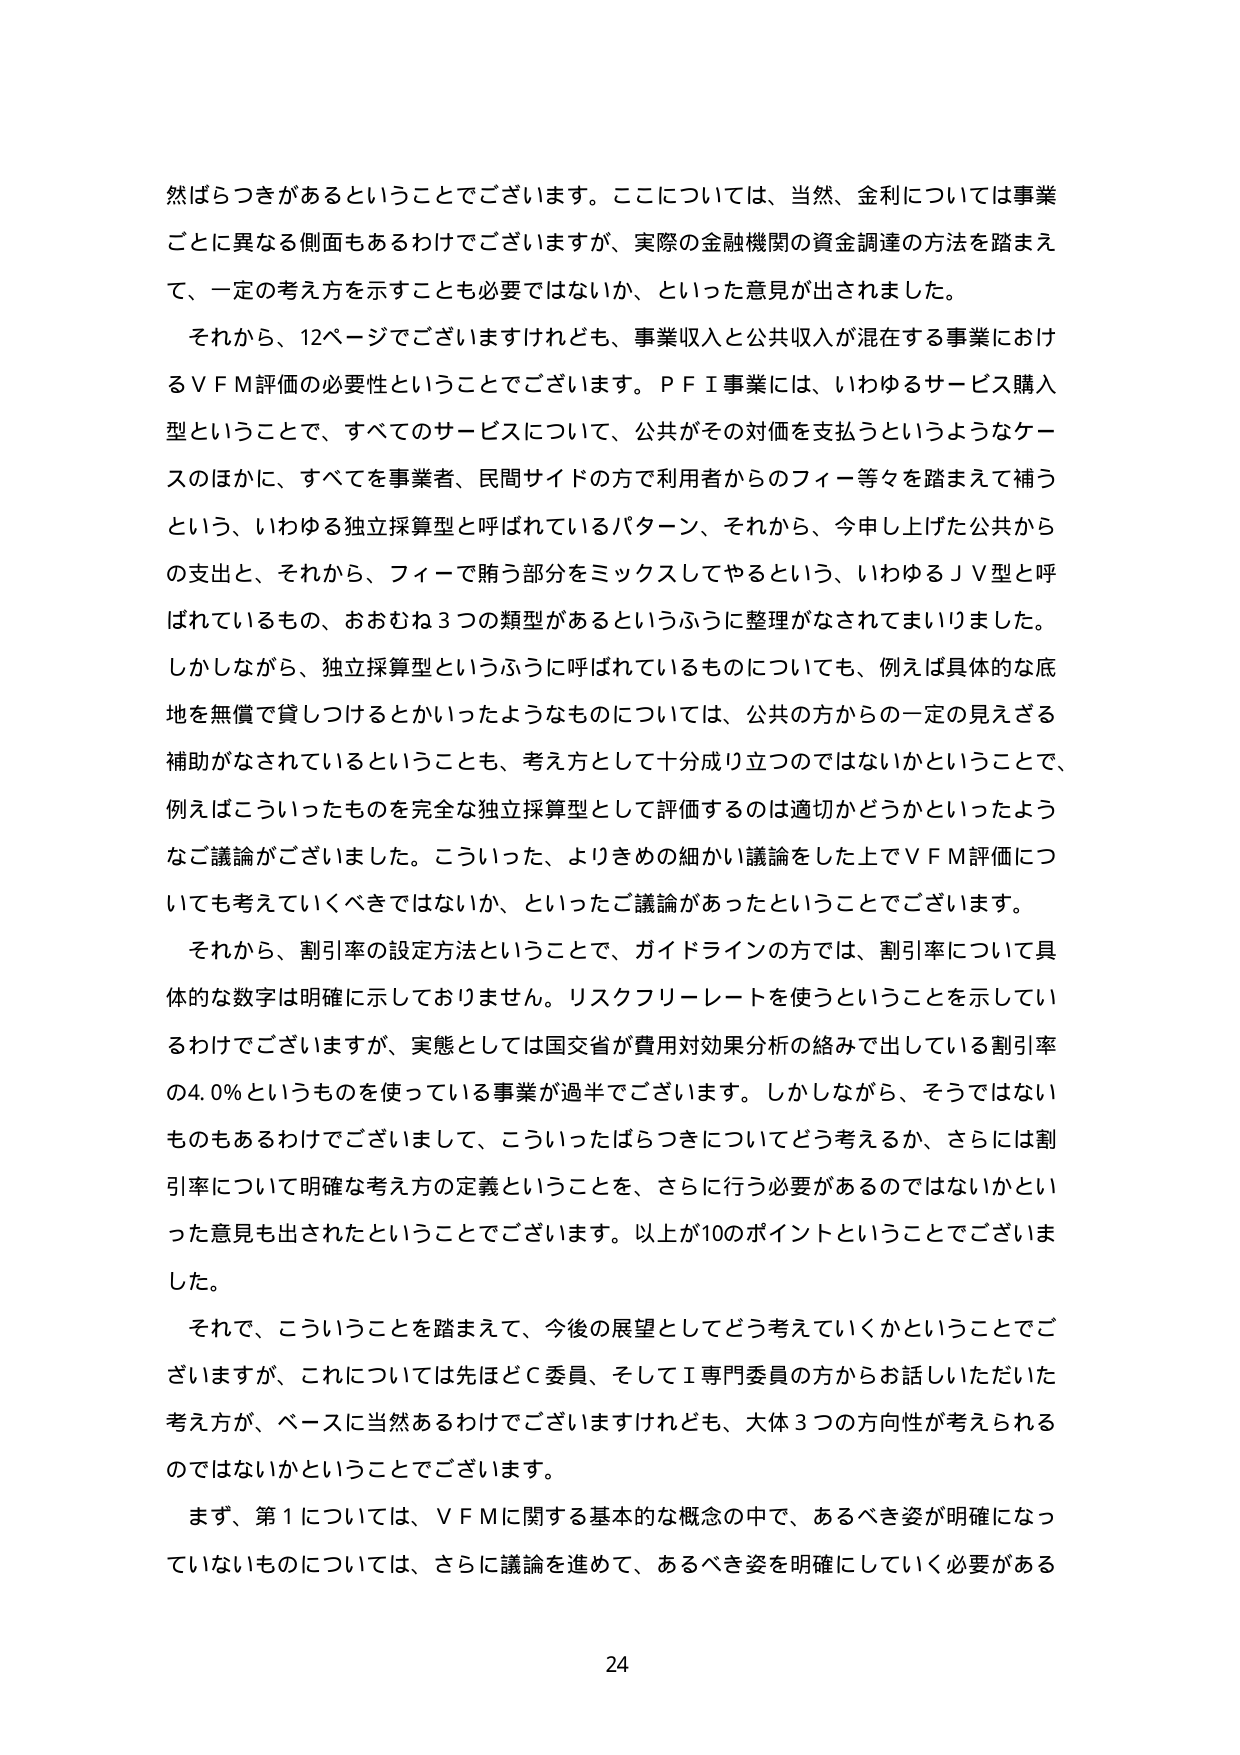
然ばらつきがあるということでございます。ここについては、当然、金利については事業ごとに異なる側面もあるわけでございますが、実際の金融機関の資金調達の方法を踏まえて、一定の考え方を示すことも必要ではないか、といった意見が出されました。

それから、12ページでございますけれども、事業収入と公共収入が混在する事業におけるＶＦＭ評価の必要性ということでございます。ＰＦＩ事業には、いわゆるサービス購入型ということで、すべてのサービスについて、公共がその対価を支払うというようなケースのほかに、すべてを事業者、民間サイドの方で利用者からのフィー等々を踏まえて補うという、いわゆる独立採算型と呼ばれているパターン、それから、今申し上げた公共からの支出と、それから、フィーで賄う部分をミックスしてやるという、いわゆるＪＶ型と呼ばれているもの、おおむね3つの類型があるというふうに整理がなされてまいりました。

しかしながら、独立採算型というふうに呼ばれているものについても、例えば具体的な底地を無償で貸しつけるとかいったようなものについては、公共の方からの一定の見える補助がなされているということも、考え方として十分成り立つのではないかということで、例えばこういったものを完全な独立採算型として評価するのは適切かどうかといったようなご議論がございました。こういった、よりきめの細かい議論をした上でＶＦＭ評価についても考えていくべきではないか、といったご議論があったということでございます。

それから、割引率の設定方法ということで、ガイドラインの方では、割引率について具体的な数字は明確に示しておりません。リスクフリーレートを使うということを示しているわけでございますが、実態としては国交省が費用対効果分析の絡みで出している割引率の4.0％というものを使っている事業が過半でございます。しかしながら、そうではないものもあるわけでございまして、こういったばらつきについてどう考えるか、さらには割引率について明確な考え方の定義ということを、さらに行う必要があるのではないかといった意見も出されたということでございます。以上が10のポイントということでございました。

それで、こういうことを踏まえて、今後の展望としてどう考えていくかということでございますが、これについては先ほどＣ委員、そしてＩ専門委員の方からお話しいただいた考え方が、ベースに当然あるわけでございますけれども、大体3つの方向性が考えられるのではないかということでございます。

まず、第1については、ＶＦＭに関する基本的な概念の中で、あるべき姿が明確になっていないものについては、さらに議論を進めて、あるべき姿を明確にしていく必要がある

24